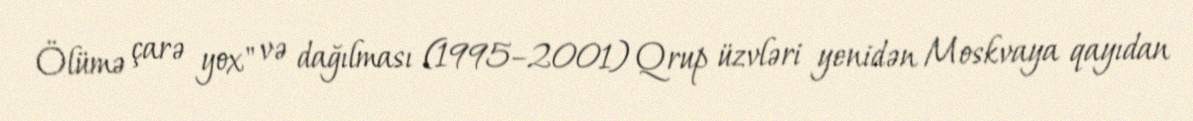
Ölümə çarə yox" və dağılması (1995–2001) Qrup üzvləri yenidən Moskvaya qayıdan